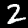
Digit: 2